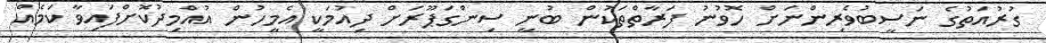
ގުރުއަތުގެ ނަސީބުވެރިންނަށް ހޮވުނު ފަރާތްތަކުން ބުނީ ސިންގަޕޫރަށް ދިއުމަކީ އެމީހުން އުއްމިދުކޮށްފައިވާ ކަމެއް